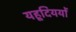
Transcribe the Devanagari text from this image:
यहूदिययों